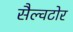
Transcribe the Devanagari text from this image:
सैल्वटोर